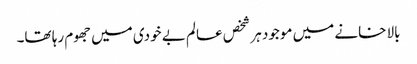
بالا خانے میں موجود ہر شخص عالم بے خودی میں جھوم رہا تھا۔